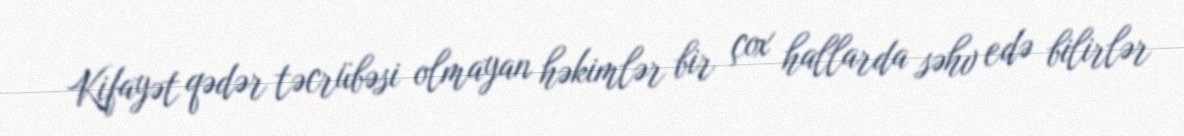
Kifayət qədər təcrübəsi olmayan həkimlər bir çox hallarda səhv edə bilirlər